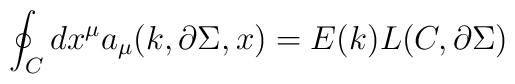
\oint_{C} dx^{\mu } a_{\mu } (k,\partial \Sigma , x) =E(k) L(C,\partial \Sigma )